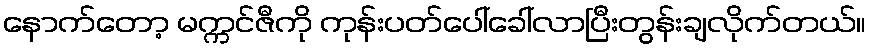
နောက်တော့ မက္ကင်ဇီကို ကုန်းပတ်ပေါ်ခေါ်လာပြီးတွန်းချလိုက်တယ်။